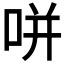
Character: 𭇴